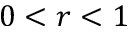
0 < r < 1